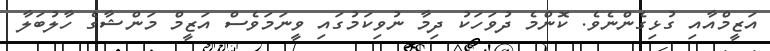
އަޒީމްއާއި ގުޅިގެންނެވެ. ކޮންމެ ދުވަހަކު ދިމާ ނުވިކަމުގައި ވީނަމަވެސް އަޒީމް މަންޝާގެ ހާލުބަލާ